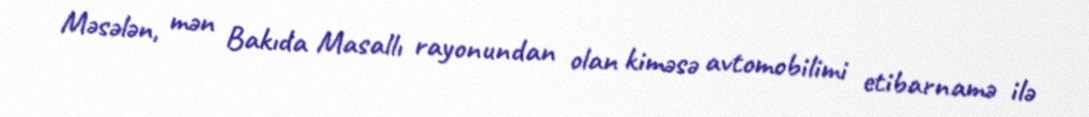
Məsələn, mən Bakıda Masallı rayonundan olan kiməsə avtomobilimi etibarnamə ilə